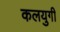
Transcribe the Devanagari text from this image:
कलयुगी